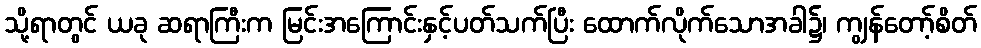
သို့ရာတွင် ယခု ဆရာကြီးက မြင်းအကြောင်းနှင့်ပတ်သက်ပြီး ထောက်လိုက်သောအခါ၌၊ ကျွန်တော့်စိတ်